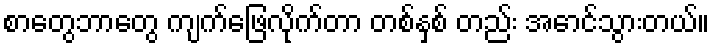
စာတွေဘာတွေ ကျက်ဖြေလိုက်တာ တစ်နှစ် တည်း အောင်သွားတယ်။